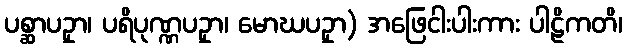
ပစ္ဆာပဥှာ၊ ပရိပုဏ္ဏပဥှာ၊ မောဃပဥှာ) အဖြေငါးပါးကား ပါဠိကတိ၊